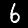
Label: 6